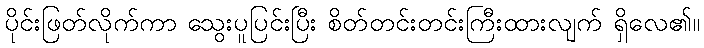
ပိုင်းဖြတ်လိုက်ကာ သွေးပူပြင်းပြီး စိတ်တင်းတင်းကြီးထားလျက် ရှိလေ၏။